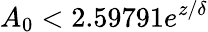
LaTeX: A_{0}<2.59791e^{z/\delta}